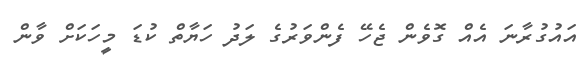
އައުގުރާނަ އެއް ގޮވެން ޖެހޭ ފެންވަރުގެ ލަދު ހަޔާތް ކުޑަ މީހަކަށް ވާން